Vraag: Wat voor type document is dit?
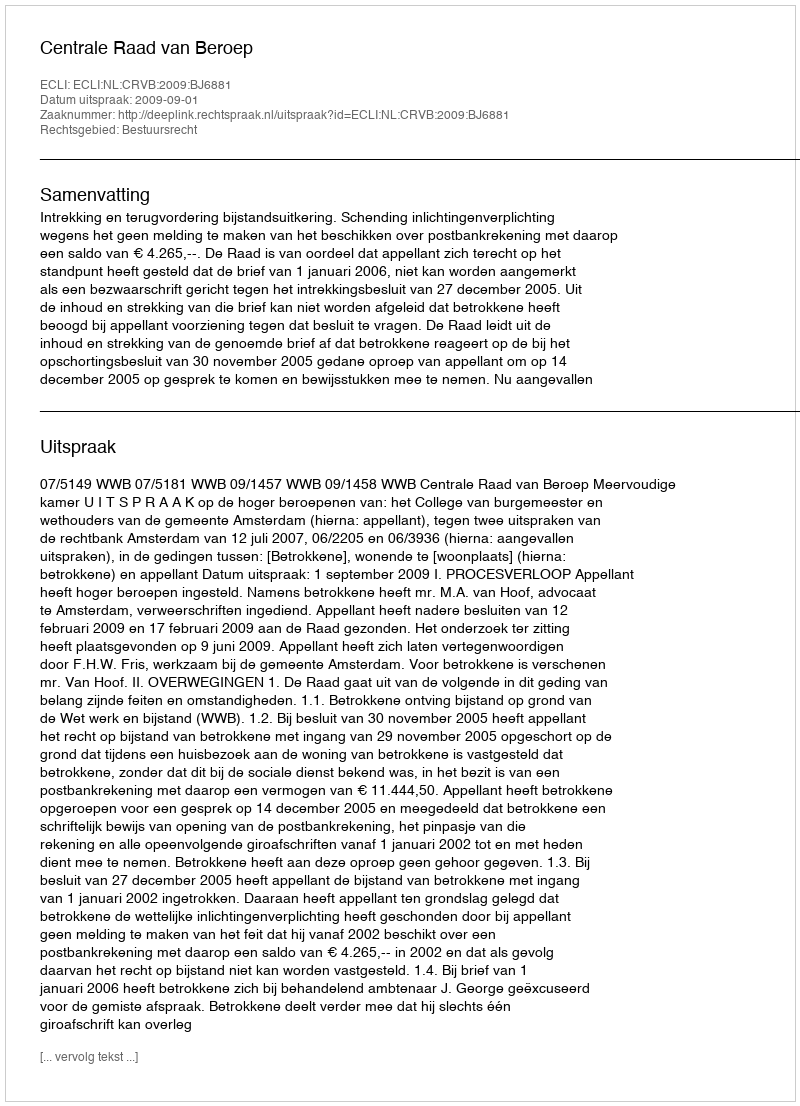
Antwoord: Uitspraak